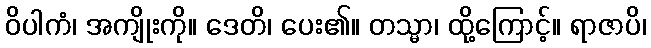
ဝိပါကံ၊ အကျိုးကို။ ဒေတိ၊ ပေး၏။ တသ္မာ၊ ထို့ကြောင့်။ ရာဇာပိ၊